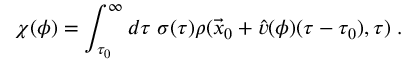
\chi ( \phi ) = \int _ { \tau _ { 0 } } ^ { \infty } d \tau \; \sigma ( \tau ) \rho ( \vec { x } _ { 0 } + \hat { v } ( \phi ) ( \tau - \tau _ { 0 } ) , \tau ) \; .